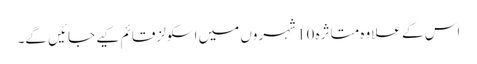
اس کے علاوہ متاثرہ 10 شہروں میں اسکولز قائم کیے جائیں گے۔